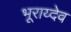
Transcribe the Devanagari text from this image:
भूराय्देव